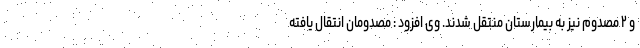
و ۲ مصدوم نیز به بیمارستان منتقل شدند. وی افزود : مصدومان انتقال یافته